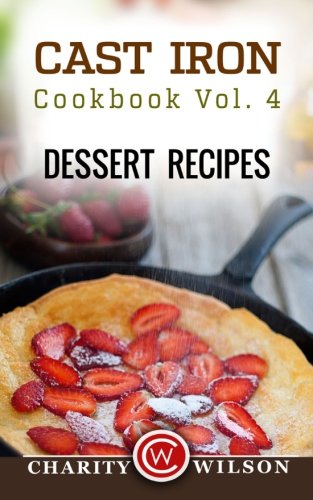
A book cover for Cast Iron Cookbook: Vol.4 Dessert Recipes; Charity Wilson; Cookbooks, Food & Wine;